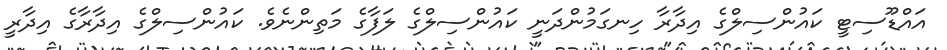
އައްޑޫސިޓީ ކައުންސިލްގެ އިދާރާ ހިނގަމުންދަނީ ކައުންސިލްގެ ލަފާގެ މަތިންނެވެ. ކައުންސިލްގެ އިދާރާގެ އިދާރީ